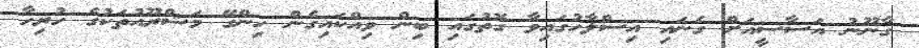
ގާނޫނު އަސާސީއަށް ގެނައި އިސްލާހުގައިވާ ގޮތުގައި ބިން ވިއްކައިގެން ހިންގޭ މަޝްރޫއުތަކުގެ ހުރިހާ